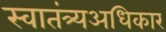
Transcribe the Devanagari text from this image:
स्वातंत्र्यअधिकार